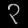
Digit: ၃